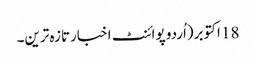
18 اکتوبر(اُردو پوائنٹ اخبارتازہ ترین۔